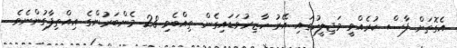
އެގޮތަށް ފާސް ކުރެއްވީ މަޖިލީހުގައި އޭރު ހާޒިރުވަޑައިގެން ތިއްބެވި 28 މެންބަރުންގެ އިއްތިފާގުންނެވެ.